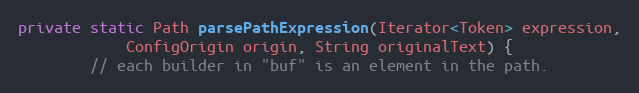
Language: Java
private static Path parsePathExpression(Iterator<Token> expression,
            ConfigOrigin origin, String originalText) {
        // each builder in "buf" is an element in the path.